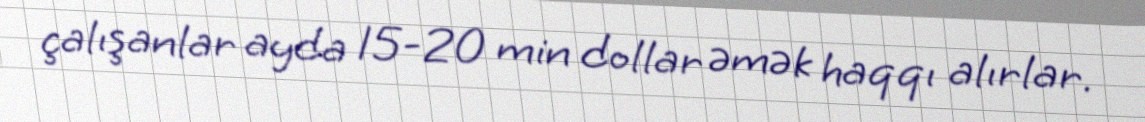
çalışanlar ayda 15-20 min dollar əmək haqqı alırlar.